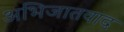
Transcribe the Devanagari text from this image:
अभिजातवाद